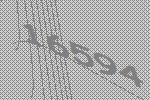
16594